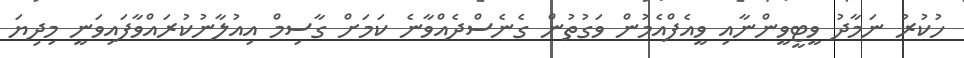
ހުކުރު ނަމާދު ވީޓީވީންނާއި ވީއެފްއެމުން ވަގުތުން ގެނެސްދެއްވާނެ ކަމަށް ގާސިމް އިއުލާނުކުރައްވާފައިވަނީ މިދިޔަ